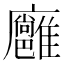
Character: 𢌏